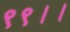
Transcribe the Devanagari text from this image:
९९।।